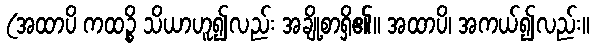
(အထာပိ ကထဉ္စိ သိယာဟူ၍လည်း အချို့စာရှိ၏။ အထာပိ၊ အကယ်၍လည်း။